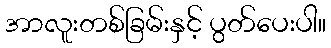
အာလူးတစ်ခြမ်းနှင့် ပွတ်ပေးပါ။